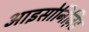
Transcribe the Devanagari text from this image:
आइसोनिज़िड